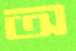
অ